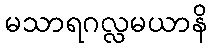
မသာရဂလ္လမယာနိ